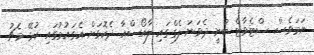
ނަމަވެސް ސްޓެވާޓް ބުނީ ދެވަނަ ލެގްގައި ލާއޯސްއާ ދެކޮޅަށް އެގައުމުގައި ކުޅޭ މެޗު